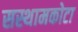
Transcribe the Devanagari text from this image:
सस्थामकोटा